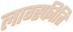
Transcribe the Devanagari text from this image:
लाग्स्फीति